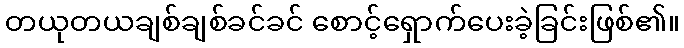
တယုတယချစ်ချစ်ခင်ခင် စောင့်ရှောက်ပေးခဲ့ခြင်းဖြစ်၏။